Report of the Indian Hemp Drugs Commission, 1894-1895 - Volume VII
Year: 1894
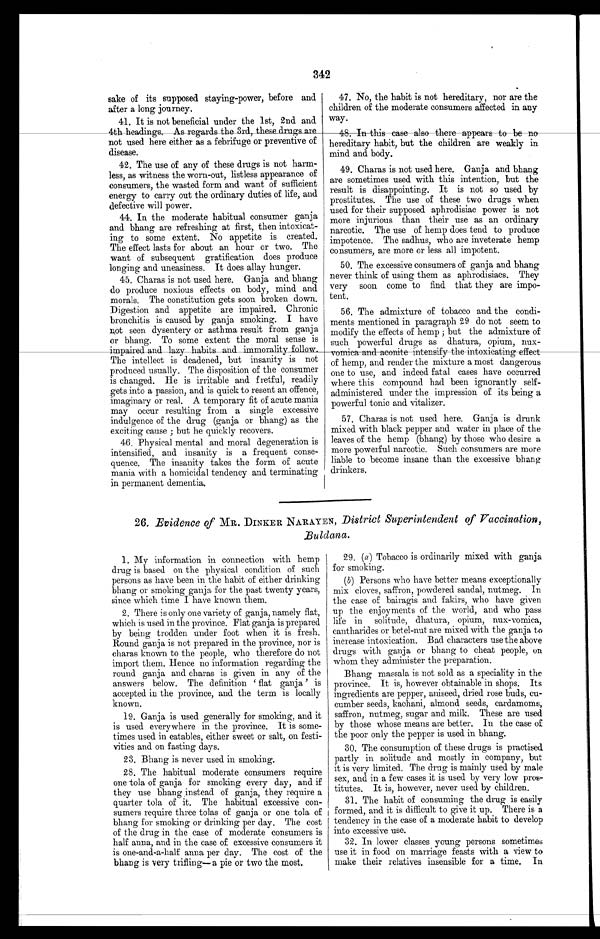
342
sake of its supposed staying-power, before and
after a long journey.
41. It is not beneficial under the 1st, 2nd and
4th headings. As regards the 3rd, these drugs are
not used here either as a febrifuge or preventive of
disease.
42. The use of any of these drugs is not harm-
less, as witness the worn-out, listless appearance of
consumers, the wasted form and want of sufficient
energy to carry out the ordinary duties of life, and
defective will power.
44. In the moderate habitual consumer ganja
and bhang are refreshing at first, then intoxicat-
ing to some extent. No appetite is created.
The effect lasts for about an hour or two. The
want of subsequent gratification does produce
longing and uneasiness. It does allay hunger.
45. Charas is not used here. Ganja and bhang
do produce noxious effects on body, mind and
morals. The constitution gets soon broken down.
Digestion and appetite are impaired. Chronic
bronchitis is caused by ganja smoking. I have
not seen dysentery or asthma result from ganj a
or bhang. To some extent the moral sense is
impaired and lazy habits and immorality follow.
The intellect is deadened, but insanity is not
produced usually. The disposition of the consumer
is changed. He is irritable and fretful, readily
gets into a passion, and is quick to resent an offence,
imaginary or real. A temporary fit of acute mania
may occur resulting from a single excessive
indulgence of the drug (ganja or bhang) as the
exciting cause ; but he quickly recovers.
46. Physical mental and moral degeneration is
intensified, and insanity is a frequent conse-
quence. The insanity takes the form of acute
mania with a homicidal tendency and terminating
in permanent dementia.
47. No, the habit is not hereditary, nor are the
children of the moderate consumers affected in any
way.
48. In this case also there appears to be no
hereditary habit, but the children are weakly in
mind and body.
49. Charas is not used here. Ganja and bhang
are sometimes used with this intention, but the
result is disappointing. It is not so used by
prostitutes. The use of these two drugs when
used for their supposed aphrodisiac power is not
more injurious than their use as an ordinary
narcotic. The use of hemp does tend to produce
impotence. The sadhus, who are inveterate hemp
consumers, are more or less all impotent.
50. The excessive consumers of ganja and bhang
never think of using them as aphrodisiacs. They
very soon come to find that they are impo-
tent.
56. The admixture of tobacco and the condi-
ments mentioned in paragraph 29 do not seem to
modify the effects of hemp ; but the admixture of
such powerful drugs as dhatura, opium, nux-
vomica and aconite intensify the intoxicating effect
of hemp, and render the mixture a most dangerous
one to use, and indeed fatal cases have occurred
where this compound had been ignorantly self-
administered under the impression of its being a
powerful tonic and vitalizer.
57. Charas is not used here. Ganja is drunk
mixed with black pepper and water in place of the
leaves of the hemp (bhang) by those who desire a
more powerful narcotic. Such consumers are more
liable to become insane than the excessive bhang
drinkers.
26. Evidence of MR. DINNER NARAYEN, District Superintendent of Vaccination,
Buldana.
1.
1 My information in connection with hemp
drug is based on the physical condition of such
persons as have been in the habit of either drinking
bhang or smoking ganja for the past twenty years,
since which time I have known them.
2. There is only one variety of ganja, namely flat,
which is used in the province. Flat ganja is prepared
by being trodden under foot when it is fresh.
Round ganja is not prepared in the province, nor is
charas known to the people, who therefore do not
import them. Hence no information regarding the
round ganja and charas is given in any of the
answers below. The definition ' fiat ganja' is
accepted in the province, and the term is locally
known.
19. Ganja is used generally for smoking, and it
is used everywhere in the province. It is some-
times used in eatables, either sweet or salt, on festi-
vities and on fasting days.
23. Bhang is never used in smoking.
28. The habitual moderate consumers require
one tola of ganja for smoking every day, and if
they use bhang instead of ganja, they require a
quarter tola of it. The habitual excessive con-
sumers require three tolas of ganja or one tola of
bhang for smoking or drinking per day. The cost
of the drug in the case of moderate consumers is
half anna, and in the case of excessive consumers it
is one-and-a-half anna per day. The cost of the
bhang is very trifling— a pie or two the most.
29. (a) Tobacco is ordinarily mixed with ganja
for smoking.
(b) Persons who have better means exceptionally
mix cloves, saffron, powdered sandal, nutmeg. In
the ease of bairagis and fakirs, who have given
up the enjoyments of the world, and who pass
life in solitude, dhatura, opium, nux-vomica,
cantharides or betel-nut are mixed with the ganja to
increase intoxication. Bad characters use the above
drugs with ganja or bhang to cheat people, on
whom they administer the preparation.
Bhang massala is not sold as a speciality in the
province. It is, however obtainable in shops. Its
ingredients are pepper, aniseed, dried rose buds, cu-
cumber seeds, kachani, almond seeds, cardamoms,
saffron, nutmeg, sugar and milk. These are used
by those whose means are better. In the case of
the poor only the pepper is used in bhang.
30. The consumption of these drugs is practised
partly in solitude and mostly in company, but
it is very limited. The drug is mainly used by male
sex, and in a few cases it is used by very low pros-
titutes. It is, however, never used by children.
31. The habit of consuming the drug is easily
formed, and it is difficult to give it up. There is a
tendency in the ease of a moderate habit to develop
into excessive use.
32. In lower classes young persons sometimes
use it in food on marriage feasts with a view to
make their relatives insensible for a time. In